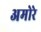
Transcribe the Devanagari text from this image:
अमोरे